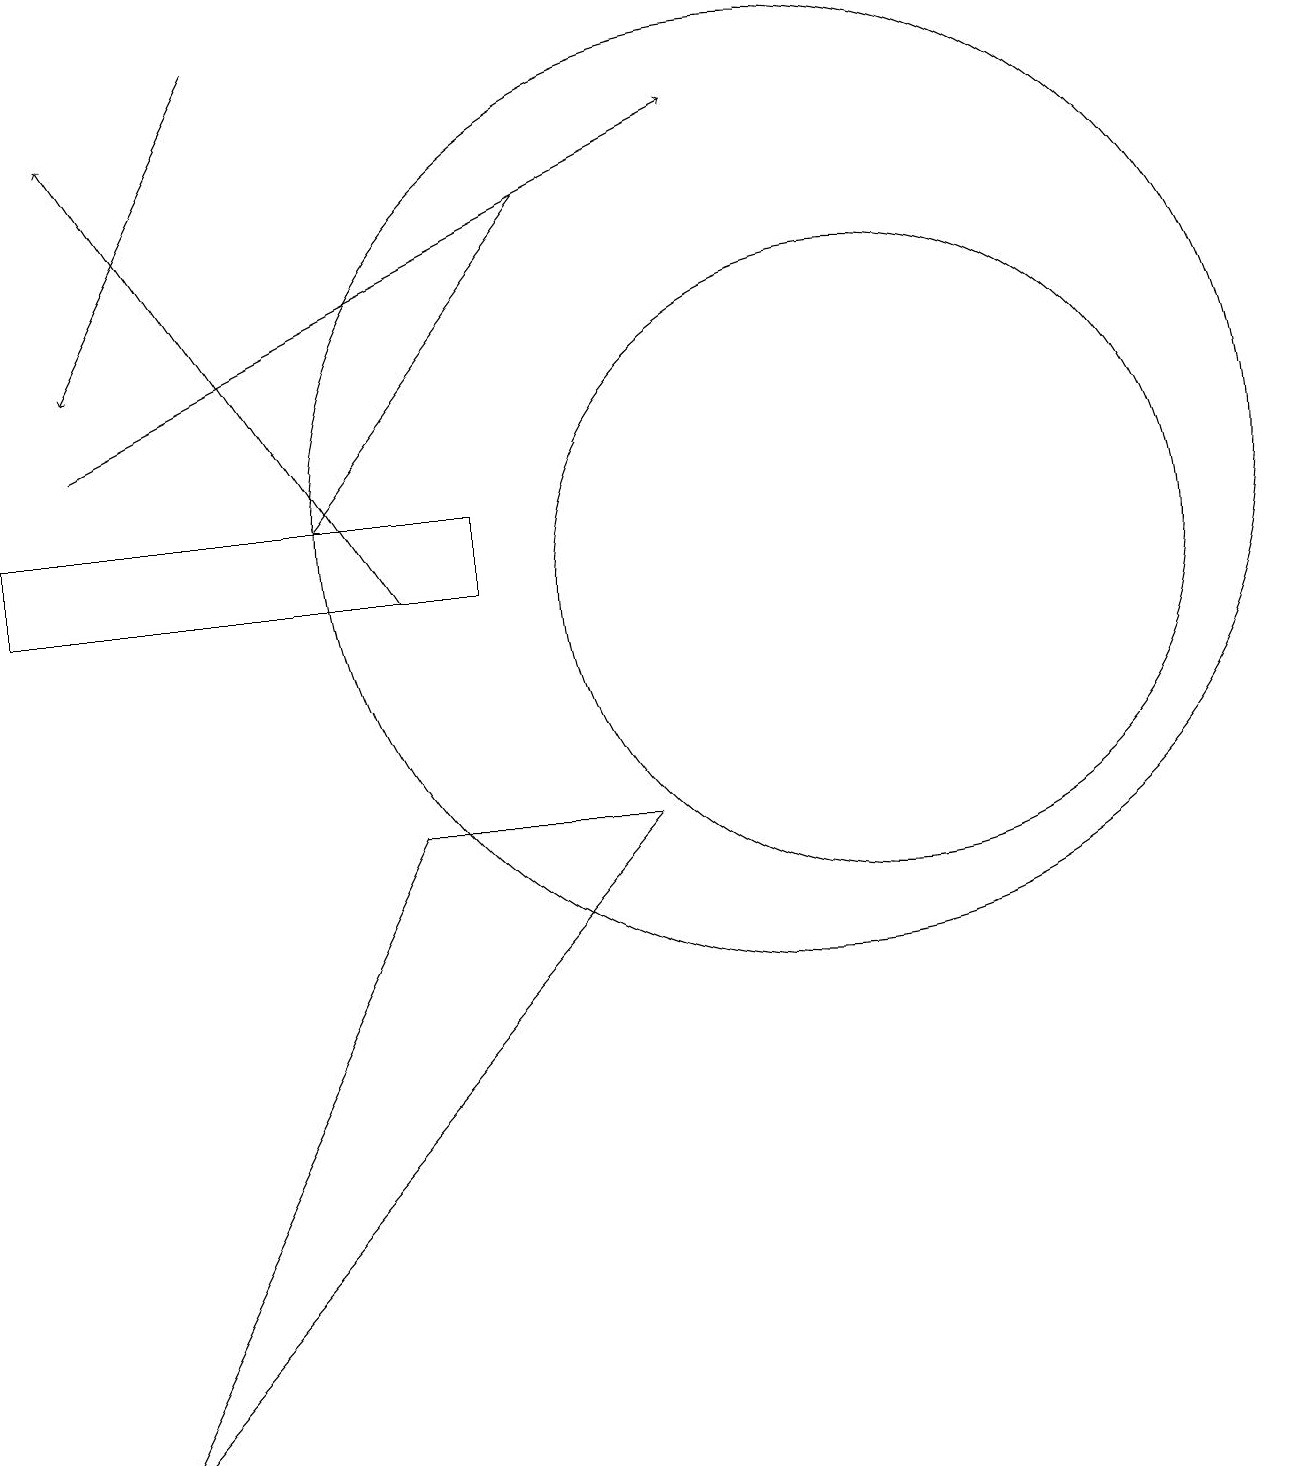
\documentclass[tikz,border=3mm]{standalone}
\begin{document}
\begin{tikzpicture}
\draw (10,12) circle (6);
\draw[->] (1,13) -- (9,17);
\draw (11,11) circle (4);
\draw[->] (5,11) -- (1,17);
\draw[->] (7,16) -- (4,12);
\draw[->] (3,18) -- (1,14);
\draw (0,12) rectangle (6,11);
\draw (1,0) -- (8,8) -- (5,8) -- cycle;
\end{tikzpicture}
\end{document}